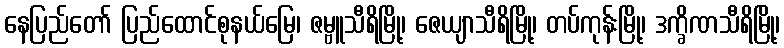
နေပြည်တော် ပြည်ထောင်စုနယ်မြေ၊ ဇမ္ဗူသီရိမြို့၊ ဇေယျာသီရိမြို့၊ တပ်ကုန်းမြို့၊ ဒက္ခိဏသီရိမြို့၊